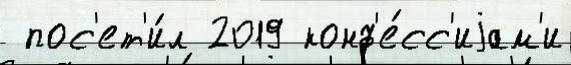
 пос'ет'и́л 2019 конф'е́сс'иjам'и